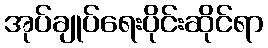
အုပ်ချုပ်ရေးပိုင်းဆိုင်ရာ